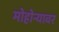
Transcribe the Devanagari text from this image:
मोहोऱ्यावर